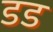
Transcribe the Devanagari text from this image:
डड